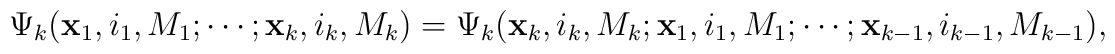
\Psi_k({\bf x}_1,i_1,M_1;\cdots;{\bf x}_k,i_k,M_k)=\Psi_k({\bf x}_k,i_k,M_k;{\bf x}_1,i_1,M_1;\cdots;{\bf x}_{k-1},i_{k-1},M_{k-1}),